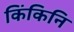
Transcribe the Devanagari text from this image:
किंकिनि